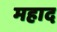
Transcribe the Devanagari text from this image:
महाद